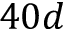
4 0 d